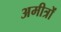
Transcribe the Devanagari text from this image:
अमीत्रों